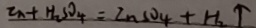
Z n + H _ { 2 } S O _ { 4 } = Z n S O _ { 4 } + H _ { 2 } \uparrow